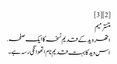
[2][3]
متنترمیم
اتھر وید کے قدیم نسخہ کا ایک صفحہ.
اس وید کا بہت قدیم نام اتھوانگی رسہ ہے۔